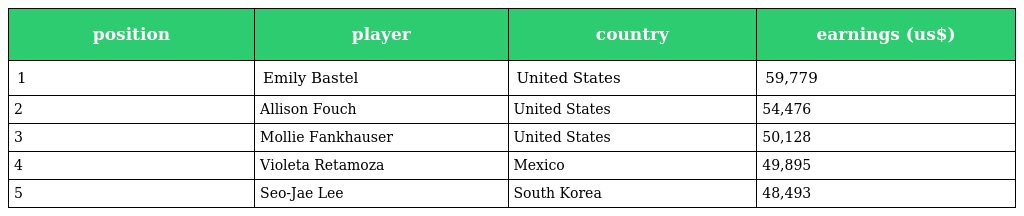
| position | player | country | earnings (us$) |
 | --- | --- | --- | --- |
 | 1 | Emily Bastel | United States | 59,779 |
 | 2 | Allison Fouch | United States | 54,476 |
 | 3 | Mollie Fankhauser | United States | 50,128 |
 | 4 | Violeta Retamoza | Mexico | 49,895 |
 | 5 | Seo-Jae Lee | South Korea | 48,493 |